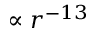
\propto r ^ { - 1 3 }